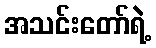
အသင်းတော်ရဲ့